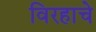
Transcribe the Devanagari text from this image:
विरहाचे